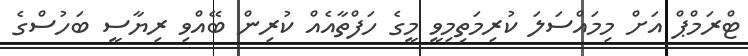
ޓްރަމްޕް އަށް މިމައްސަލަ ކުރިމަތިމިވީ މީގެ ހަފްތާއެއް ކުރިން ބޭއްވި ރިޔާސީ ބަހުސްގެ